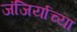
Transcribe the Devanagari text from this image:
जंजिर्याच्या